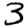
Digit: 3